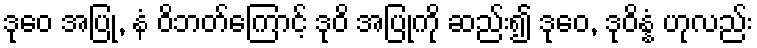
ဒုဝေ အပြု, နံ ဝိဘတ်ကြောင့် ဒုဝိ အပြုကို ဆည်း၍ ဒုဝေ, ဒုဝိန္နံ ဟုလည်း